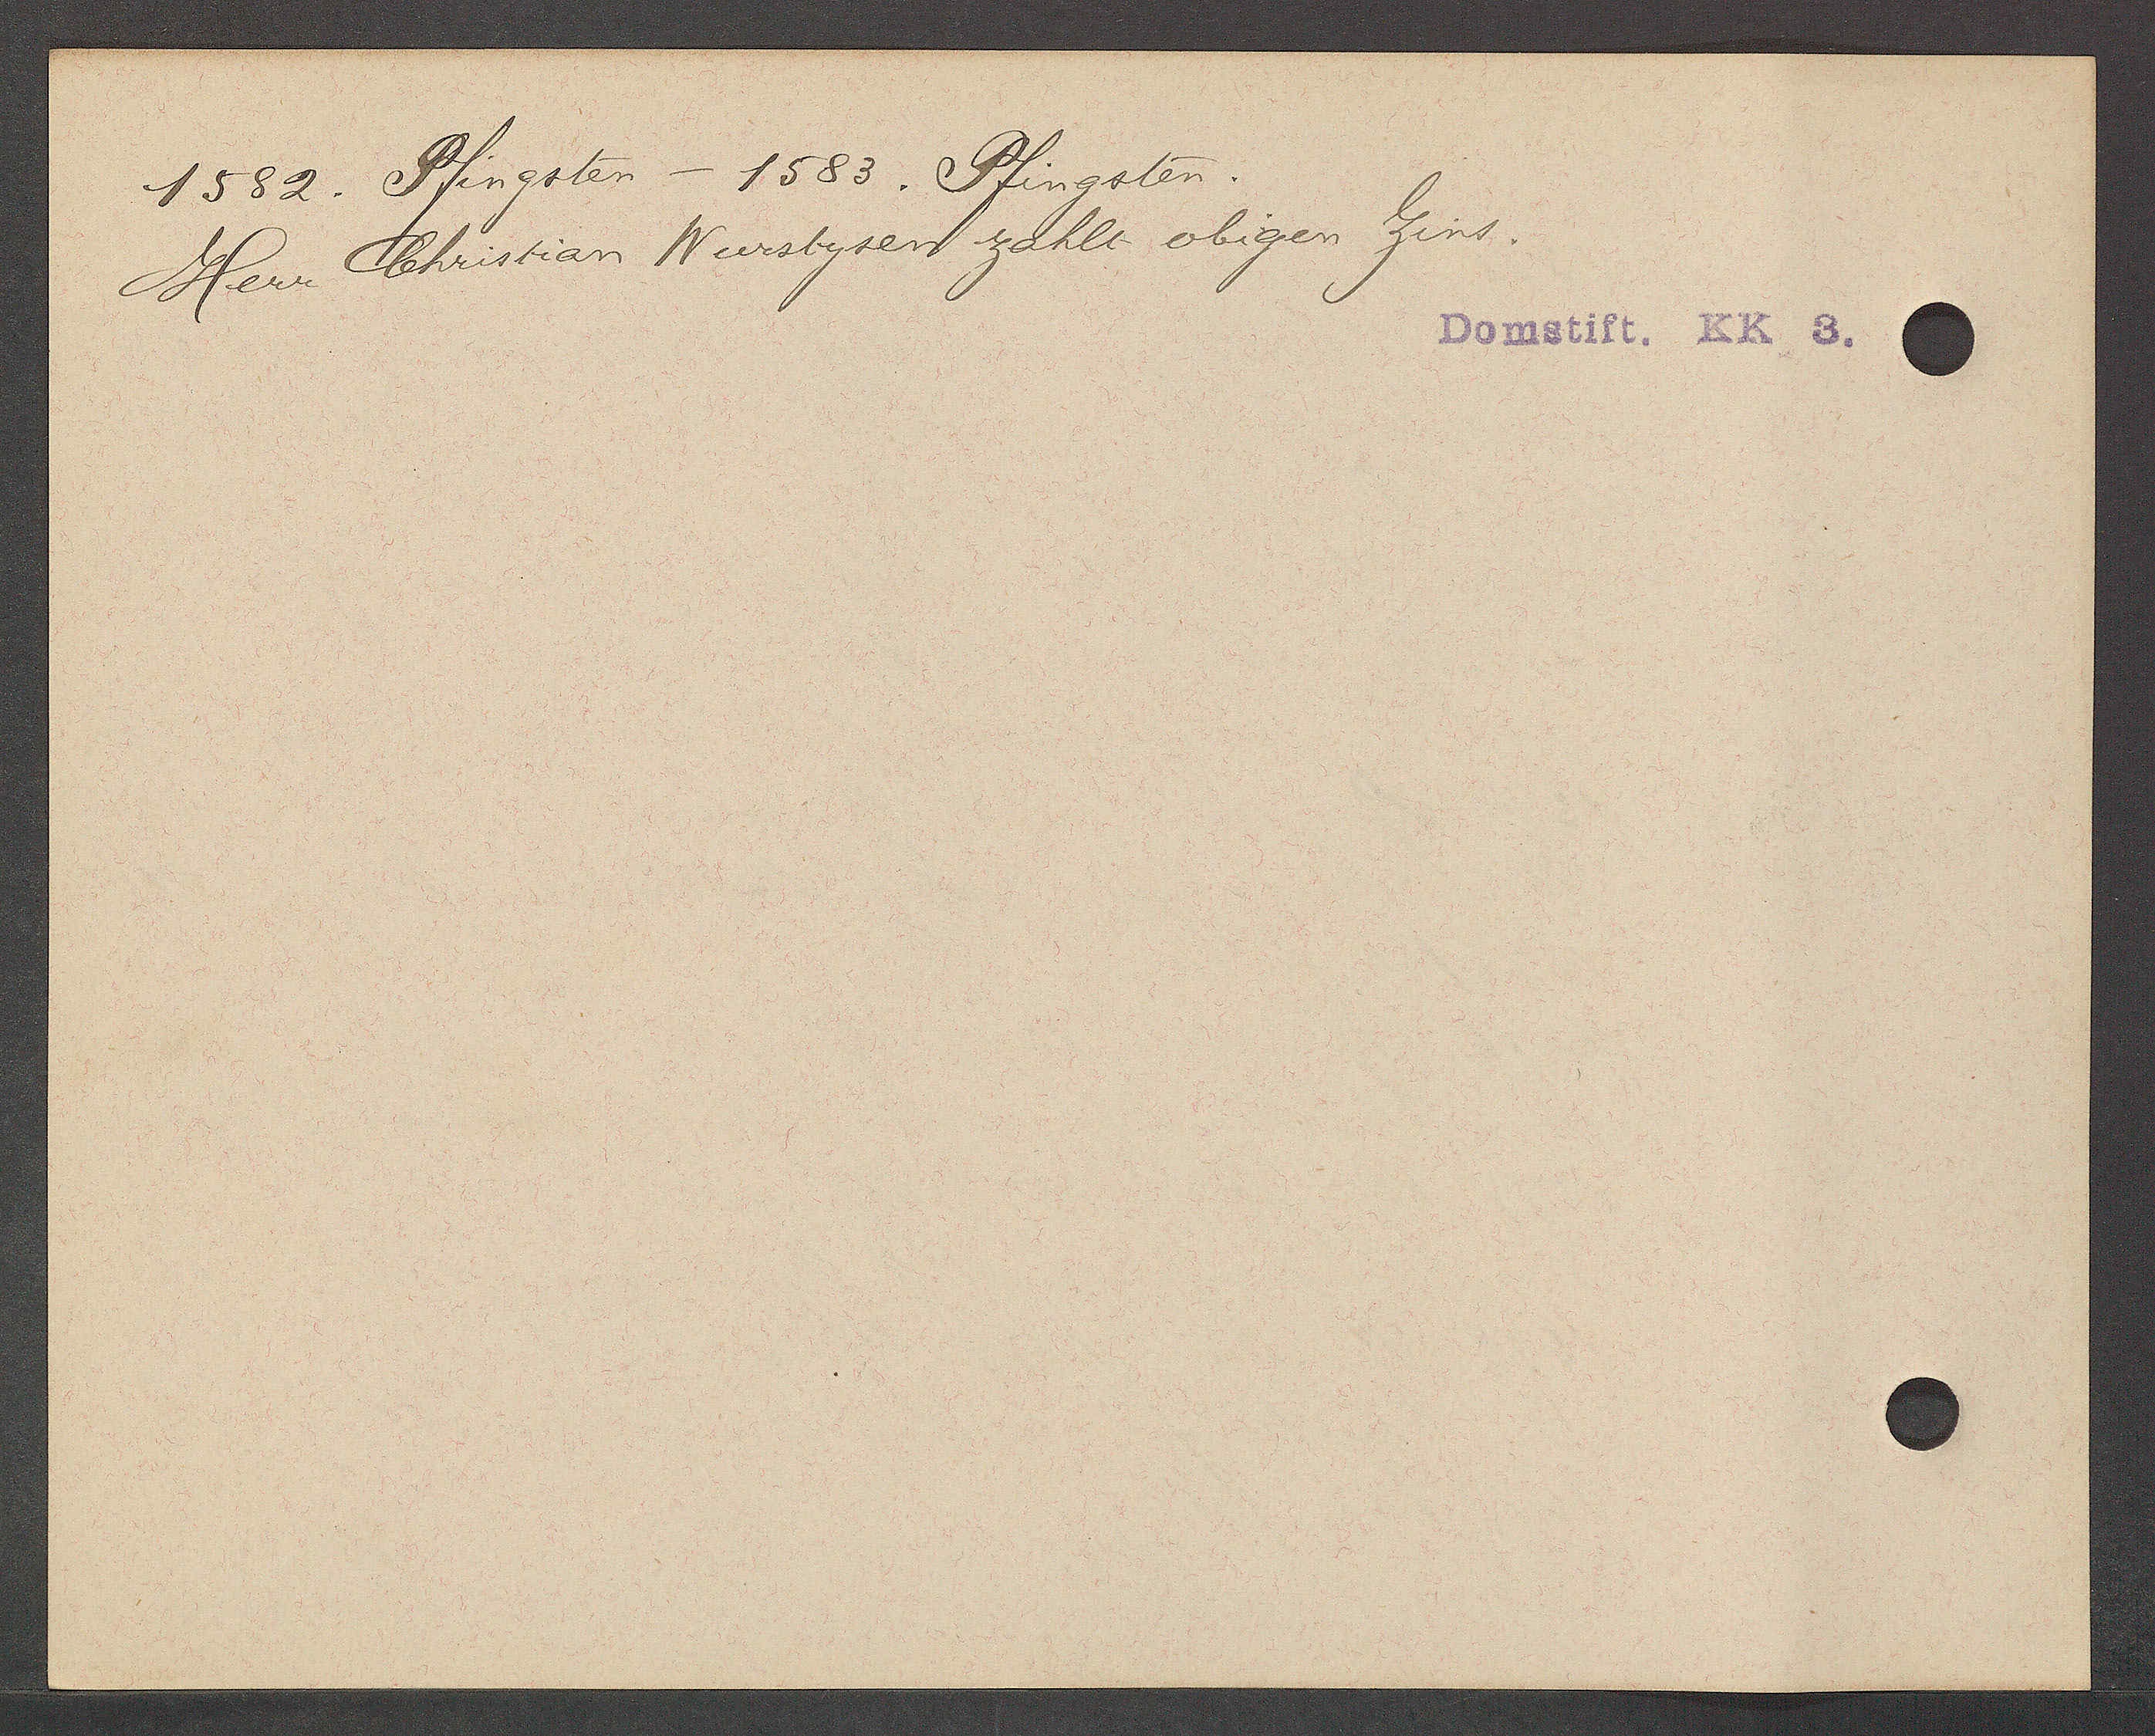
Transcript:
1582. Pfingsten - 1583. Pfingsten.
Herr Christian Wurstysen zahlt obigen Zins.

Domstift. KK 3.